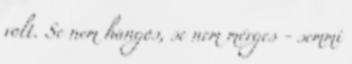
volt. Se nem hangos, se nem mérges - semmi